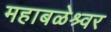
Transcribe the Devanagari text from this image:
महाबळेश्र्वर